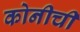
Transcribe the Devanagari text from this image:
कोनीची